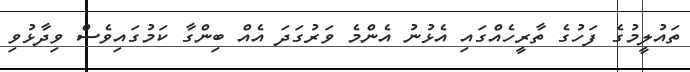
ތައުލީމުގެ ފަހުގެ ތާރީހެއްގައި އެޅުނު އެންމެ ވަރުގަދަ އެއް ބިންގާ ކަމުގައިވެސް ވިދާޅުވި